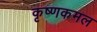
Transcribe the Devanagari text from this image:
कृष्णकमल